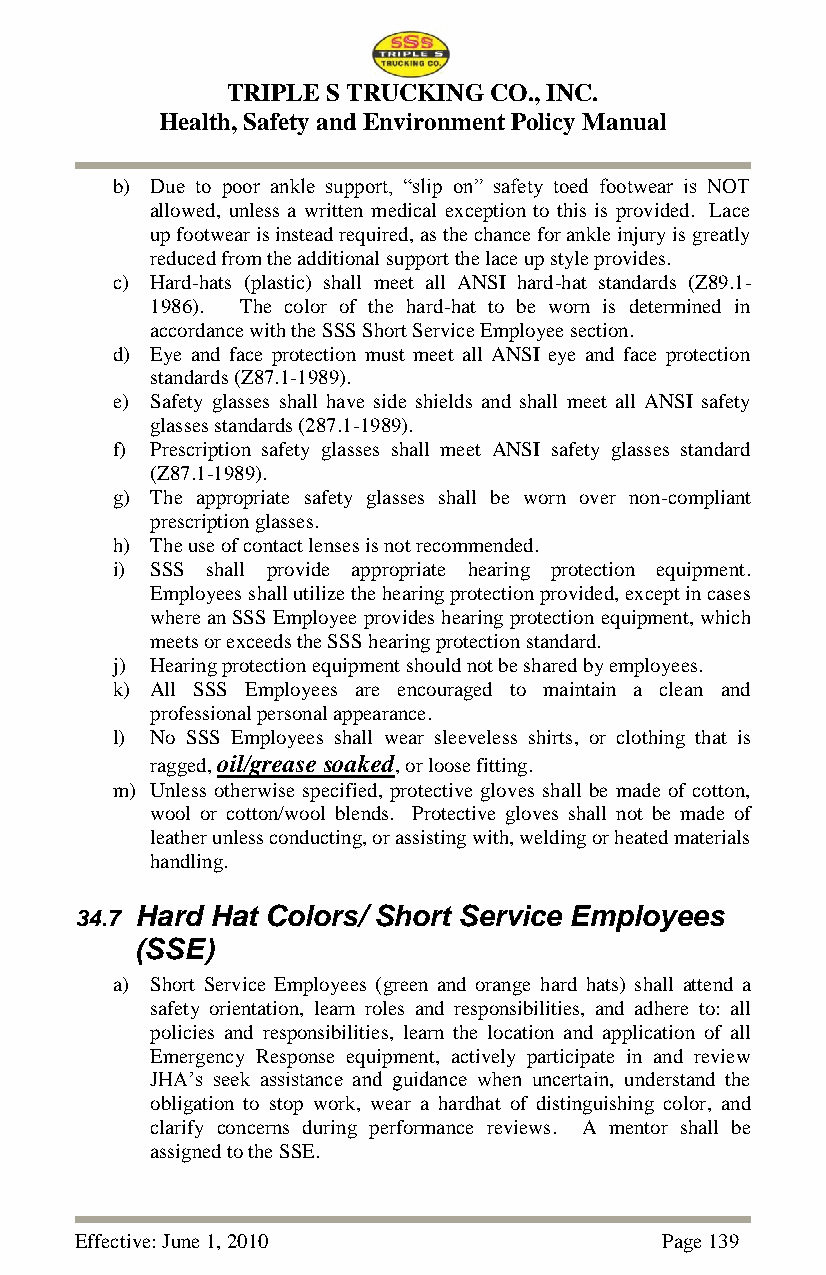
TRIPLE S TRUCKING CO., INC.
 Health, Safety and Environment Policy Manual
 b) Due to poor ankle support, ―slip on‖ safety toed footwear is NOT
 allowed, unless a written medical exception to this is provided. Lace
 up footwear is instead required, as the chance for ankle injury is greatly
 reduced from the additional support the lace up style provides.
 c) Hard-hats (plastic) shall meet all ANSI hard-hat standards (Z89.1-
 1986). The color of the hard-hat to be worn is determined in
 accordance with the SSS Short Service Employee section.
 d) Eye and face protection must meet all ANSI eye and face protection
 standards (Z87.1-1989).
 e) Safety glasses shall have side shields and shall meet all ANSI safety
 glasses standards (287.1-1989).
 f) Prescription safety glasses shall meet ANSI safety glasses standard
 (Z87.1-1989).
 g) The appropriate safety glasses shall be worn over non-compliant
 prescription glasses.
 h) The use of contact lenses is not recommended.
 i) SSS shall provide appropriate hearing protection equipment.
 Employees shall utilize the hearing protection provided, except in cases
 where an SSS Employee provides hearing protection equipment, which
 meets or exceeds the SSS hearing protection standard.
 j) Hearing protection equipment should not be shared by employees.
 k) All SSS Employees are encouraged to maintain a clean and
 professional personal appearance.
 l) No SSS Employees shall wear sleeveless shirts, or clothing that is
 ragged, oil/grease soaked, or loose fitting.
 m) Unless otherwise specified, protective gloves shall be made of cotton,
 wool or cotton/wool blends. Protective gloves shall not be made of
 leather unless conducting, or assisting with, welding or heated materials
 handling.
 34.7 Hard Hat Colors/ Short Service Employees
 (SSE)
 a) Short Service Employees (green and orange hard hats) shall attend a
 safety orientation, learn roles and responsibilities, and adhere to: all
 policies and responsibilities, learn the location and application of all
 Emergency Response equipment, actively participate in and review
 JHA‘s seek assistance and guidance when uncertain, understand the
 obligation to stop work, wear a hardhat of distinguishing color, and
 clarify concerns during performance reviews. A mentor shall be
 assigned to the SSE.
 Effective: June 1, 2010                Page 139